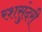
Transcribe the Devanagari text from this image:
रशसुंदरी